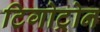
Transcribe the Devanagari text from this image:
टिगोट्रोन